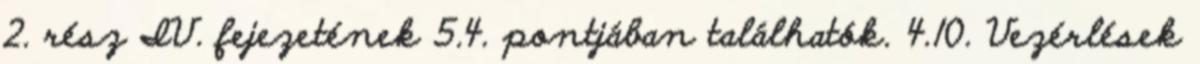
2. rész IV. fejezetének 5.4. pontjában találhatók. 4.10. Vezérlések